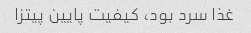
غذا سرد بود، کیفیت پایین پیتزا